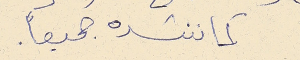
كما ننشده جميعاً